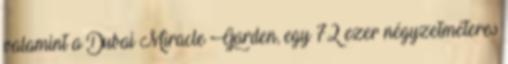
valamint a Dubai Miracle Garden, egy 72 ezer négyzetméteres